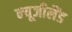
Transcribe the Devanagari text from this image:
न्‍यूजीलैंड